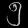
Digit: ၅